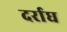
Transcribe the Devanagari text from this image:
दर्राघ